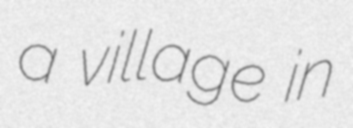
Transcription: a village in